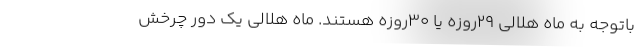
باتوجه به ماه هلالی ۲۹روزه یا ۳۰روزه هستند. ماه هلالی یک دور چرخش